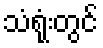
သံရုံးတွင်